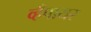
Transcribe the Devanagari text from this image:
व्हँपायर